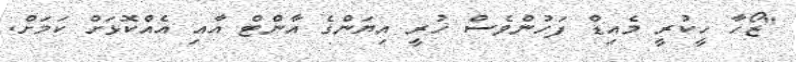
"ޒޯހާ ހީކުރީ މެއިޑް ފަހުންވެސް ހުރީ އިޔަންގެ އާންޓް އާއި އެއްކޮޅަށް ކަމަށް.